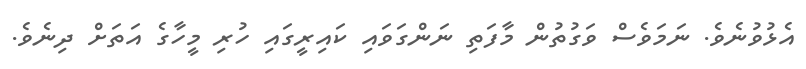
އެޅުވުނެވެ. ނަމަވެސް ވަގުތުން މާފަތި ނަންގަވައި ކައިރީގައި ހުރި މީހާގެ އަތަށް ދިނެވެ.